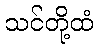
သင်တို့ထံ